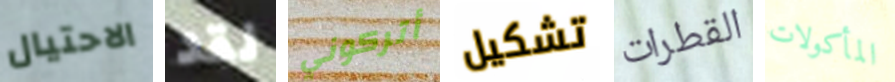
الاحتيال لقد أتركوني تشكيل القطرات المأكولات